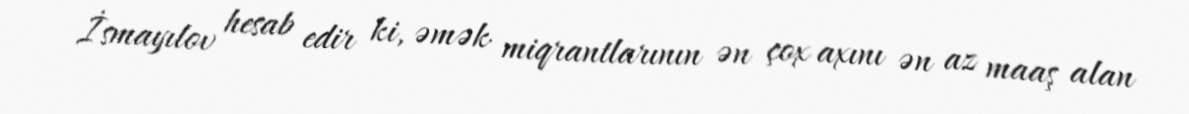
İsmayılov hesab edir ki, əmək miqrantlarının ən çox axını ən az maaş alan